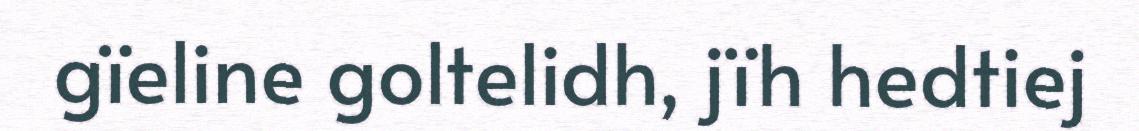
gïeline goltelidh, jïh hedtiej